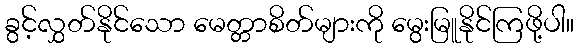
ခွင့်လွှတ်နိုင်သော မေတ္တာစိတ်များကို မွေးမြူနိုင်ကြဖို့ပါ။